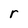
Character: r